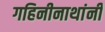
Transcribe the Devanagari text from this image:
गहिनीनाथांनी